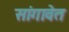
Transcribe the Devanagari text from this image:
सांगावेत